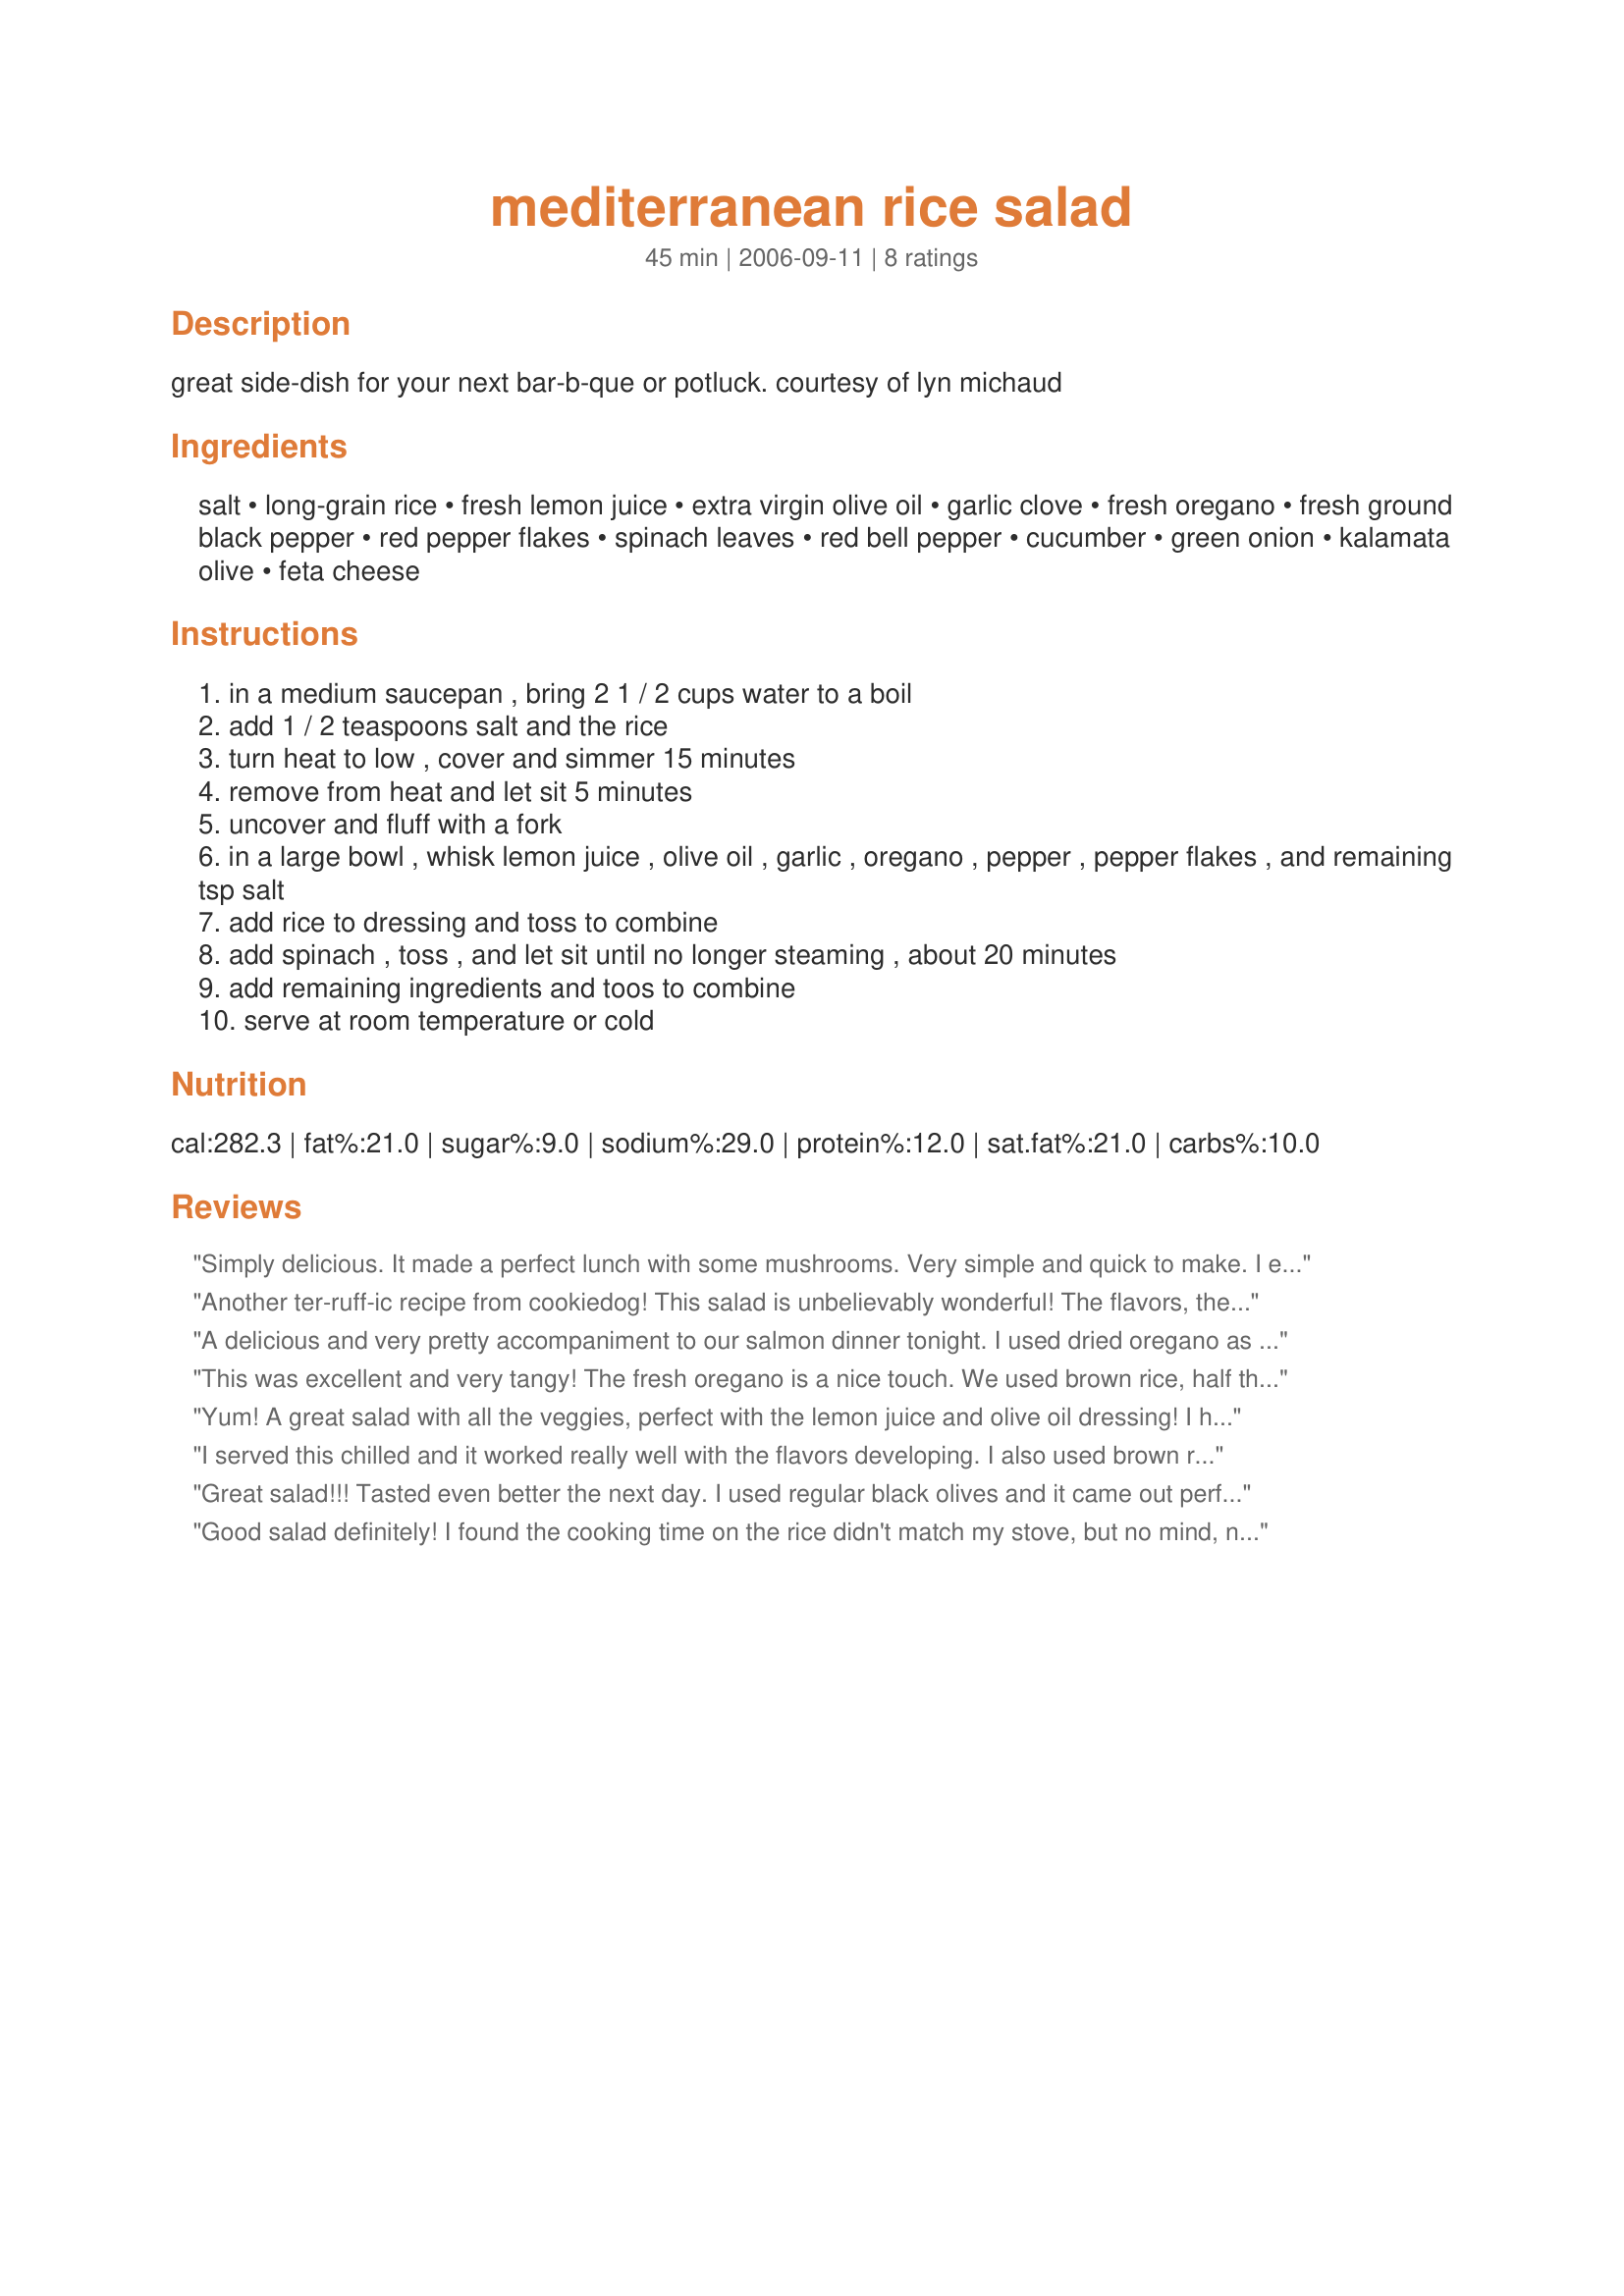
mediterranean rice salad
Preparation time: 45 minutes

great side-dish for your next bar-b-que or potluck. courtesy of lyn michaud

Ingredients:
salt, long-grain rice, fresh lemon juice, extra virgin olive oil, garlic clove, fresh oregano, fresh ground black pepper, red pepper flakes, spinach leaves, red bell pepper, cucumber, green onion, kalamata olive, feta cheese

Steps:
in a medium saucepan , bring 2 1 / 2 cups water to a boil
add 1 / 2 teaspoons salt and the rice
turn heat to low , cover and simmer 15 minutes
remove from heat and let sit 5 minutes
uncover and fluff with a fork
in a large bowl , whisk lemon juice , olive oil , garlic , oregano , pepper , pepper flakes , and remaining tsp salt
add rice to dressing and toss to combine
add spinach , toss , and let sit until no longer steaming , about 20 minutes
add remaining ingredients and toos to combine
serve at room temperature or cold

Reviews:
Simply delicious. It made a perfect lunch with some mushrooms. Very simple and quick to make. I enjoyed it still warm - just above room temp but it will be great cold as the weather heats up. I'll look forward to having this again.
Another ter-ruff-ic recipe from cookiedog! This salad is unbelievably wonderful! The flavors, the texture, the colors...just everything about it...I LOVE it! I will be making this for potlucks and it would be beautiful for a Christmas get together...red, white and green. I followed the recipe exactly. The only change I might try is to add less oil. I served this with cookiedog's recipe#181529 and it was a meal fit for company or a King. Thank you so much for another keeper recipe cookiedog! Made for 1-2-3 Hit Wonders.
A delicious and very pretty accompaniment to our salmon dinner tonight. I used dried oregano as I prefer it to fresh (more flavour - seriously), and kept everything else as is but scaled down to half. Can't fault this recipe in any way - it's good!
This was excellent and very tangy! The fresh oregano is a nice touch. We used brown rice, half the cheese, just a tablespoon of the oil and a mix of Kalamata and Manzanilla olives (which were great in it). I omitted the salt and had to leave out the spinach, since it was all finished at the last minute - but honestly I don't think it needed it. The two of us easily at this as a meal, but I think it would be great as a picnic side dish.
Yum! A great salad with all the veggies, perfect with the lemon juice and olive oil dressing! I halved the recipe and served it with fish burgers. Thank you!
I served this chilled and it worked really well with the flavors developing. I also used brown rice because it is what I keep in the house and like Evelyn I went for dried oregano. Made for ZWT4.
Great salad!!! Tasted even better the next day. I used regular black olives and it came out perfect. Thanks for the recipe
Good salad definitely! I found the cooking time on the rice didn't match my stove, but no mind, next time will cook rice as I usually do. I also think next time I will slice the spinach or tear it into pieces. I'm keeping this one though. Thanks for your recipe!!!
